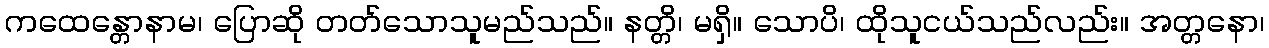
ကထေန္တောနာမ၊ ပြောဆို တတ်သောသူမည်သည်။ နတ္တိ၊ မရှိ။ သောပိ၊ ထိုသူငယ်သည်လည်း။ အတ္တနော၊